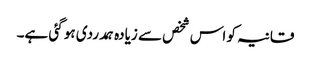
قانیہ کو اس شخص سے زیادہ ہمدردی ہو گئی ہے۔